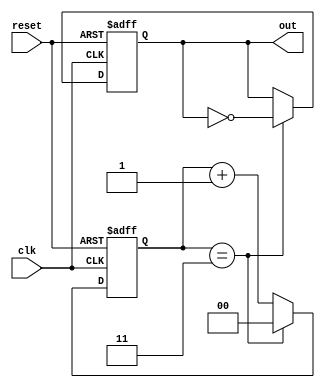
module divide_by_n_counter #(
    parameter N = 4 // Set the default value of N to 4
) (
    input wire clk,        // Clock input
    input wire reset,      // Asynchronous reset input
    output reg out         // Output signal that toggles every N clock cycles
);

    // Calculate the number of bits needed for the counter
    localparam COUNTER_BITS = $clog2(N);
    
    reg [COUNTER_BITS-1:0] count; // Counter state

    // Always block for counter logic
    always @(posedge clk or posedge reset) begin
        if (reset) begin
            count <= 0; // Reset counter to 0
            out <= 0;   // Reset output
        end else begin
            if (count == N-1) begin
                count <= 0; // Reset counter when it reaches N-1
                out <= ~out; // Toggle output
            end else begin
                count <= count + 1; // Increment counter
            end
        end
    end

endmodule